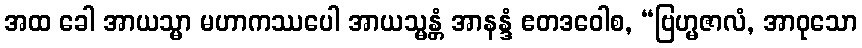
အထ ခေါ အာယသ္မာ မဟာကဿပေါ အာယသ္မန္တံ အာနန္ဒံ ဧတဒဝေါစ, “ဗြဟ္မဇာလံ, အာဝုသော